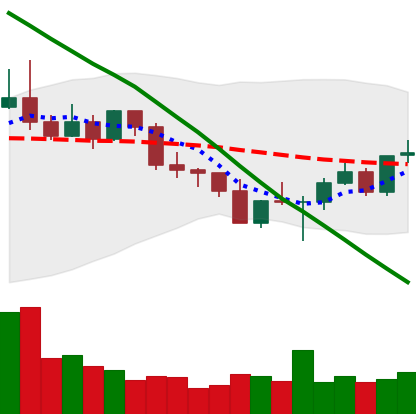
Ticker: ETC-USD
Chart end date: 2022-03-01
Forward return: -12.218%
Label: down_7plus